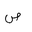
Letter: _sad